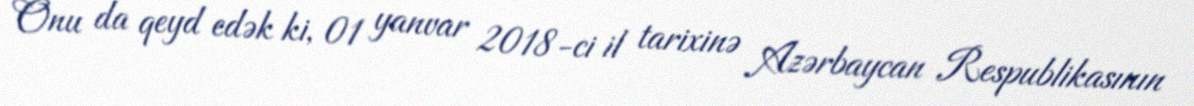
Onu da qeyd edək ki, 01 yanvar 2018-ci il tarixinə Azərbaycan Respublikasının